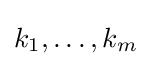
k_{1},\dots ,k_{m}